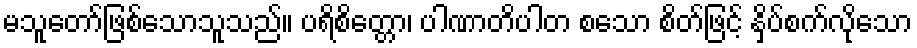
မသူတော်ဖြစ်သောသူသည်။ ပရိစိတ္တော၊ ပါဏာတိပါတ စသော စိတ်ဖြင့် နှိပ်စက်လိုသော